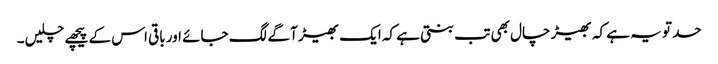
حد تو یہ ہے کہ بھیڑ چال بھی تب بنتی ہے کہ ایک بھیڑ آگے لگ جائے اور باقی اس کے پیچھے چلیں۔